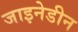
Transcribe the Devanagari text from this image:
जाइनेडीन